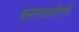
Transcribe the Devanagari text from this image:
करण्याकरिताही